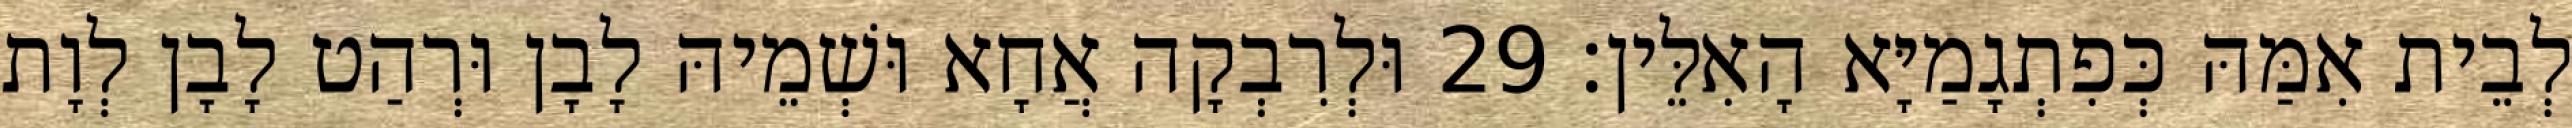
לְבֵית אִמַּהּ כְּפִתְגָמַיָּא הָאִלֵּין׃ 29 וּלְרִבְקָה אֲחָא וּשְׁמֵיהּ לָבָן וּרְהַט לָבָן לְוָת